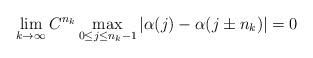
LaTeX: \begin{align*} \lim_{k\to\infty} C^{n_k} \max_{0 \leq j \leq n_k - 1}|\alpha(j) - \alpha(j \pm n_k)|=0\end{align*}